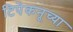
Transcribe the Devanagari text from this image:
टिपेकनूच्या